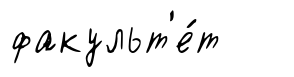
факульт'е́т